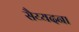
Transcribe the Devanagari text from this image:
सैय्यदना